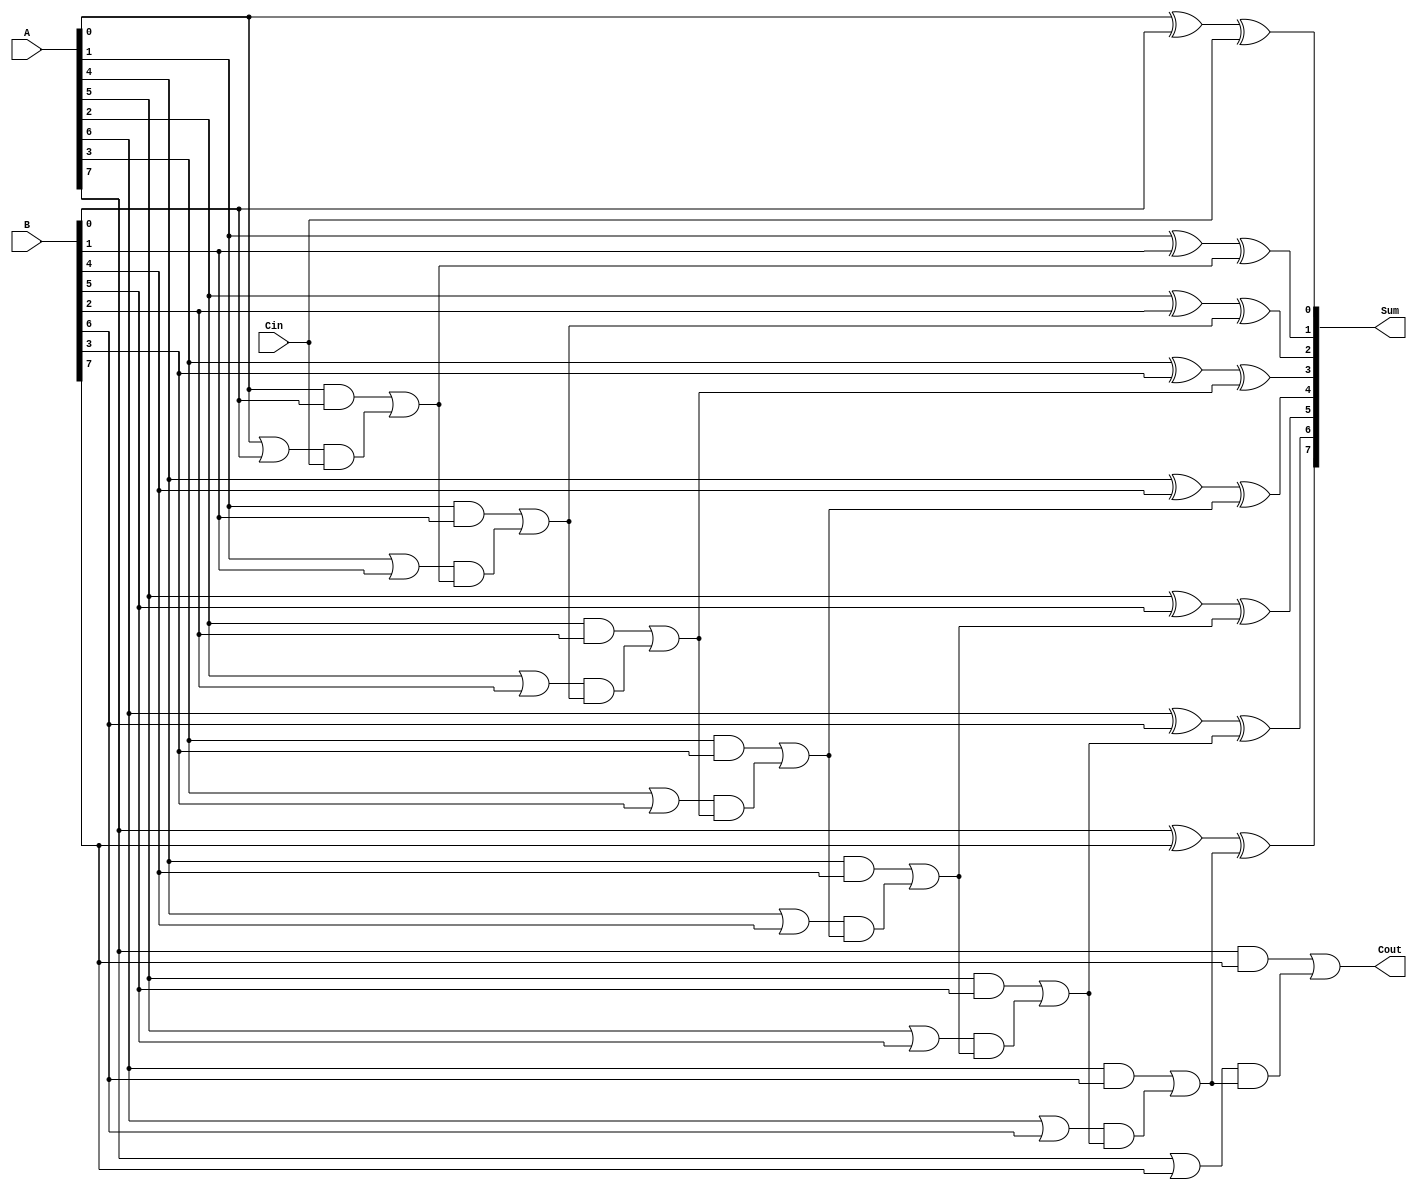
module CSA_task(Sum,Cout,A,B,Cin);
output reg [7:0] Sum;
output reg Cout; input [7:0] A,B;
input Cin;
reg w1;
always @ (A or B or in)
begin
CSA_4bit (Sum[3:0],w1,A[3:0],B[3:0],Cin); CSA_4bit (Sum[7:4],Cout,A[7:4],B[7:4],w1); end
task  CSA_4bit; output [3:0] sum; output cout;
input [3:0] a,b;
input cin;
reg [3:0] c,g,p;
reg sel; begin c[0]=cin;
sum[0]=a[0]^b[0]^c[0]; g[0]=a[0]&b[0]; p[0]=a[0]|b[0]; c[1]=g[0] | (p[0]&c[0]); sum[1]=a[1]^b[1]^c[1]; g[1]=a[1]&b[1]; p[1]=a[1]|b[1];
c[2]=g[1] | (p[1]&(g[0] | (p[0]&c[0]))); sum[2]=a[2]^b[2]^c[2]; g[2]=a[2]&b[2];
p[2]=a[2]|b[2];
c[3]=g[2] | (p[2]&(g[1] | (p[1]&(g[0] | (p[0]&c[0])))));
sum[3]=a[3]^b[3]^c[3]; g[3]=a[3]&b[3]; p[3]=a[3]|b[3];
cout=g[3] | (p[3]&(g[2] | (p[2]&(g[1] | (p[1]&(g[0] | (p[0]&c[0])))))));

sel=(p[0]&p[1]&p[2]&p[3]);
if(sel) cout<=cout; else cout<=cin; end
endtask endmodule